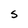
Character: s